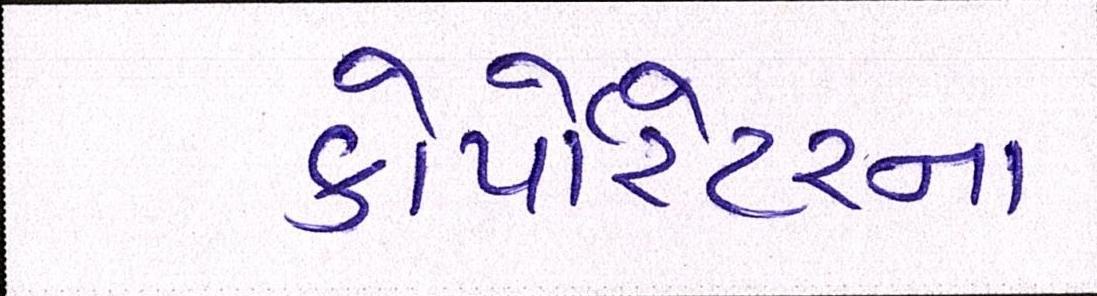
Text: કોર્પેારેટરના